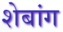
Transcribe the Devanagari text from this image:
शेबांग